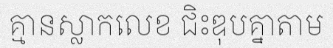
គ្មានស្លាកលេខ ជិះឌុបគ្នាតាម